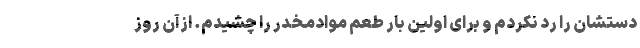
دستشان را رد نکردم و برای اولین بار طعم موادمخدر را چشیدم. ازآن روز